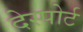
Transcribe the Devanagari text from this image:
देस्पोर्ट